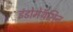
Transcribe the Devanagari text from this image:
इंडोमेथॅसिन